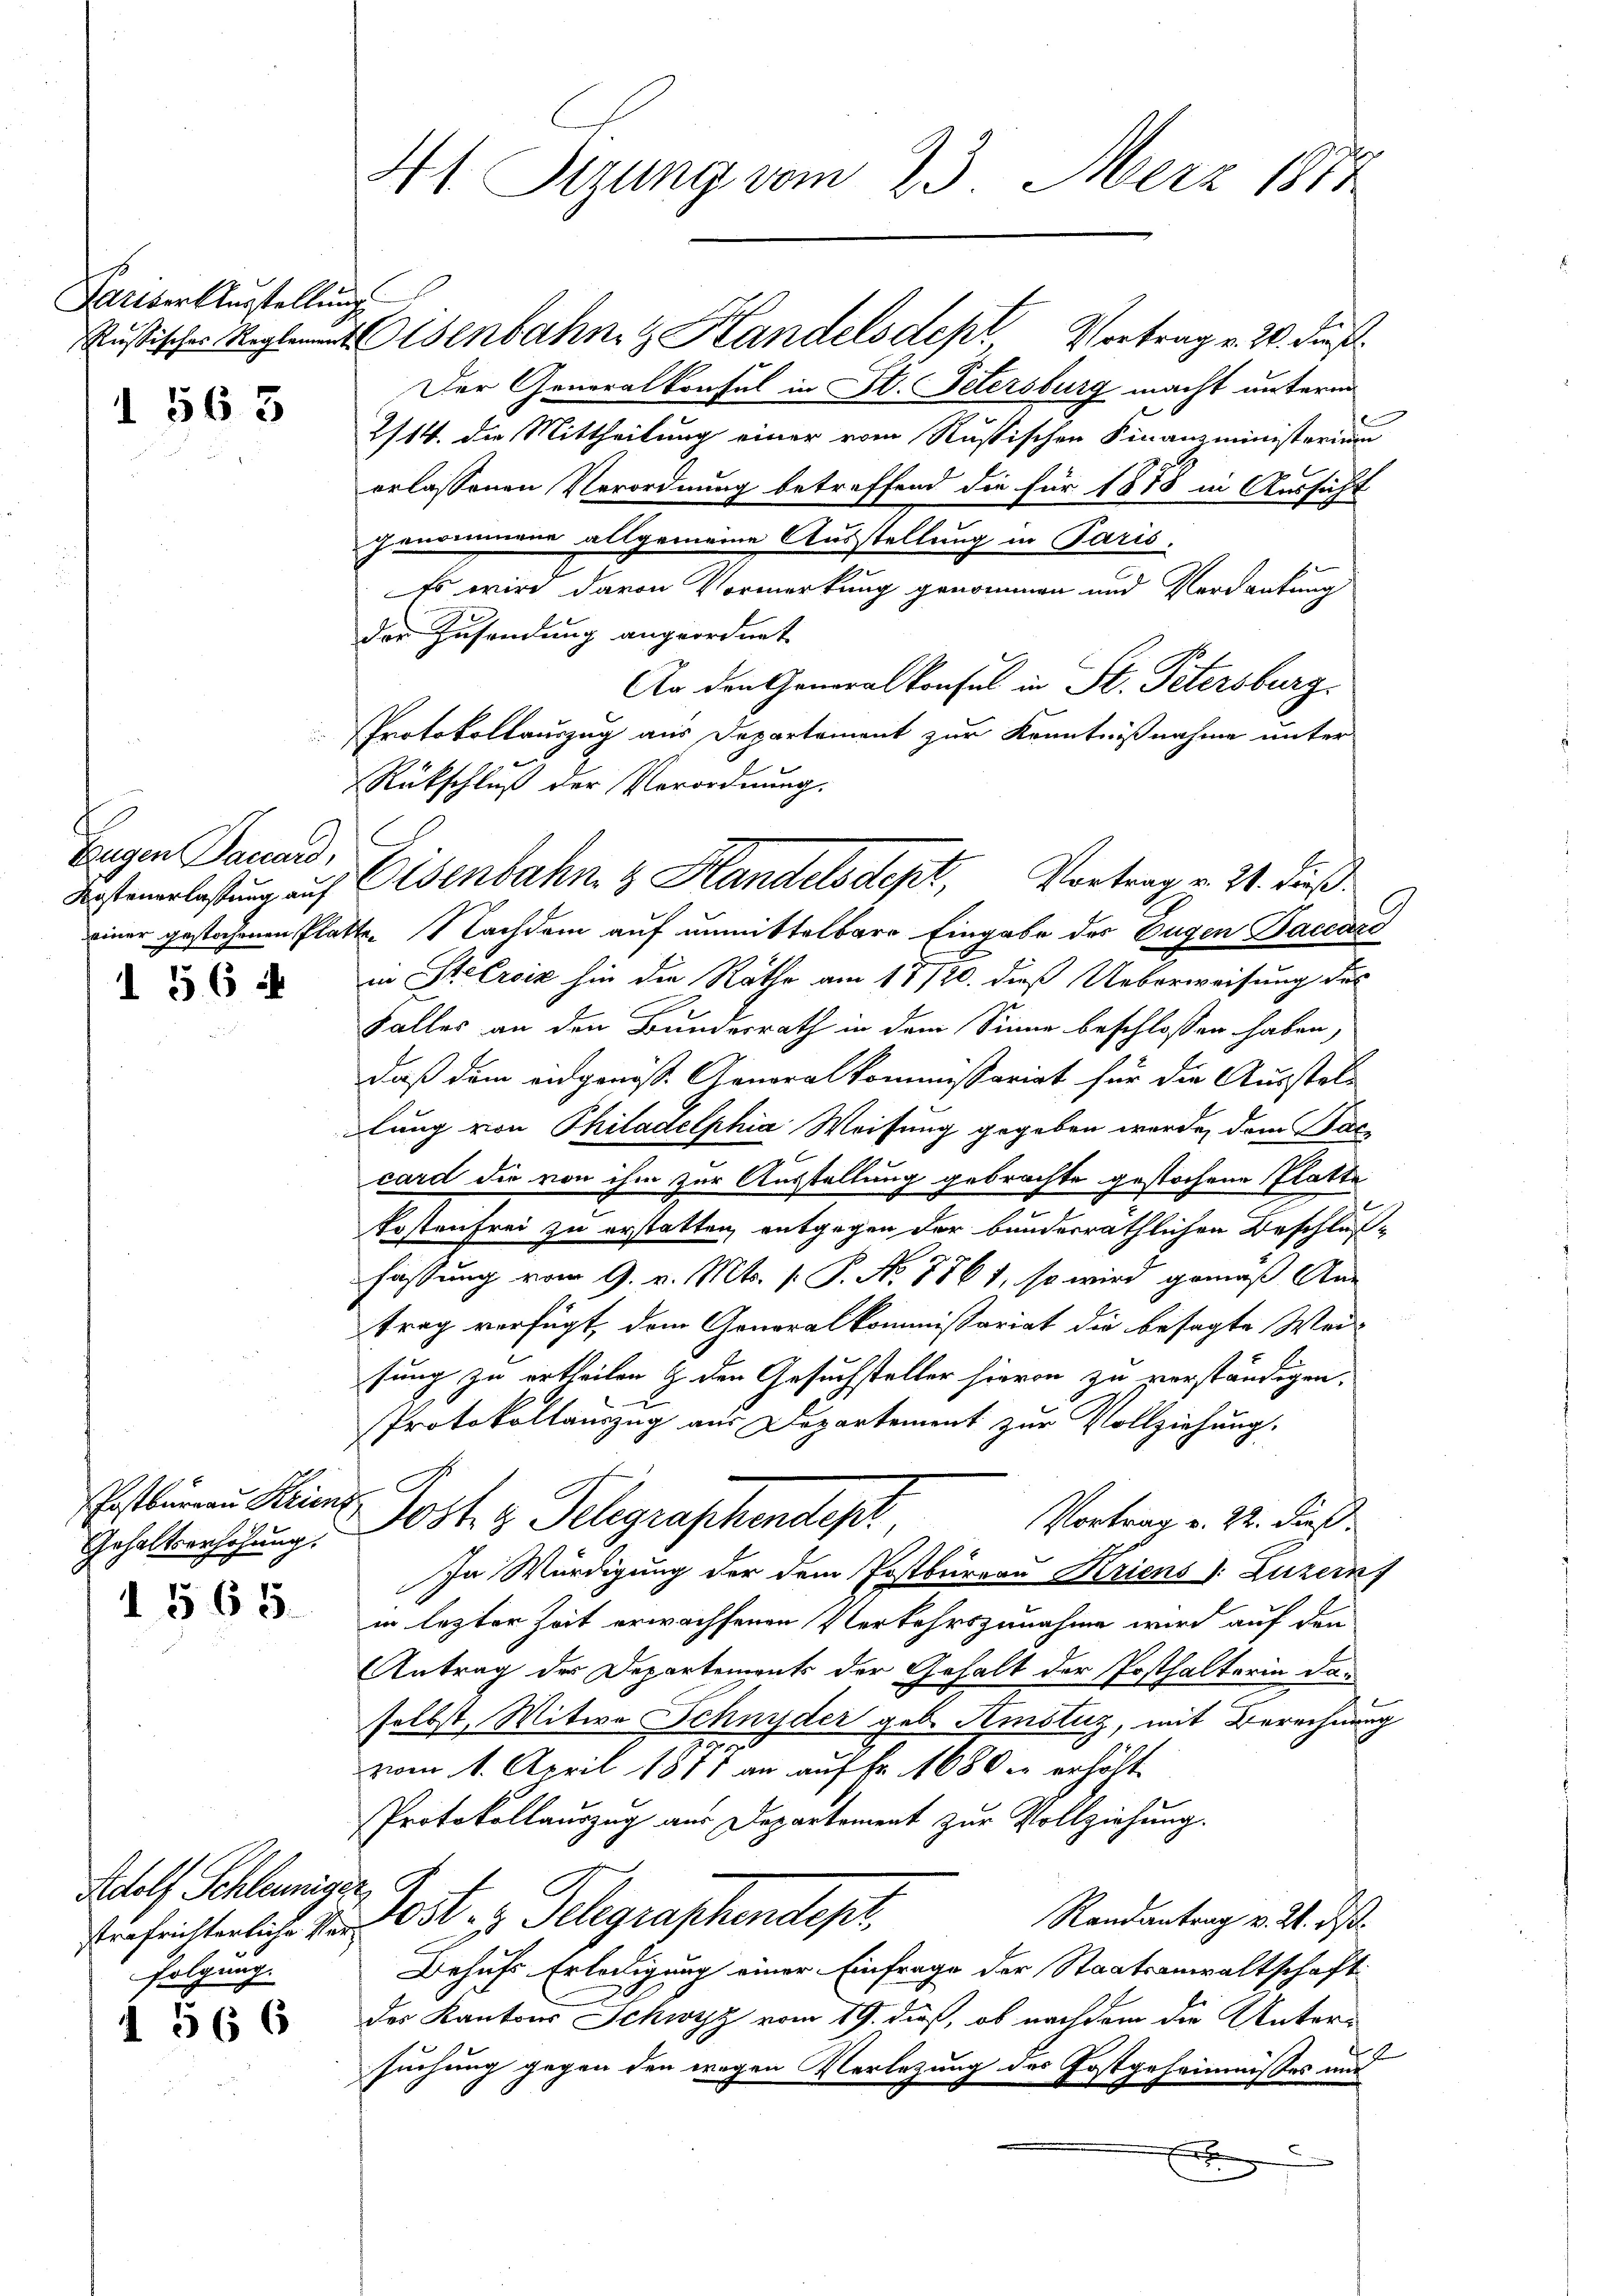
Pariser Ausstellung
1 563

Eugen Bauard,

56 f

PPostbureau Krienz
Gehaltserhöhung.
1563.

Rodolf Schleuniger,
folgung.
 566

d

Russischen Mal senbahn Handelsdepl Vortrag v. 2. dieß
Der Generalkonsul in St. Petersburg macht unterm
2/14. die Mittheilung einer vom Rußischen Finanzministerium
erlassenen Verordnung betreffend die für 1878 in Aussicht
genommene allgemeine Ausstellung in Paris.
Es wird davon Vormerkung genommen und Verdankung
der Zusendung angeordnet
An den Generalkonsul in St. Petersburg.
Protokollauszug aus Departement zur Kenntnißnahme unter
Rückschluß der Verordnung.
Ersteuerlastung auf Eisenbahn & Handelsdept, Vortrag v. 21. dieß
einer gestehenen Platte. Nachdem auf unmittelbare Eingabe der Eugen Baccaro
in SteEroiz hin die Räthe am 18720. dieß Ueberweisung des
Faller an den Bundesrath in dem Sinne beschlossen haben,
daß dem eidgenöss. Generalkommissariat für die Ausstel-
lung von Philadelphia Weisung gegeben wurde, dem Sac
card die von ihm zur Ausstellung gebrachte gestochene Platte
Kostenfrei zu erstatten, entgegen der bunderräthlichen Beschlußfassung vom 9. v. Mts. s. P. No 786 1, so wird gemäß An-
trag verfügt, dem Generalkommissariat die besagte Weisung zu ertheilen & den Gesuchsteller hievon zu verständigen.
x
Protokollauszug aus Departement zur Vollziehung.
Jost z. Telegraschendes.
Vortrag u. 22. dieß.
In Würdigung der dem Postbureau Kriens v. Luzern)
in lezter Zeit erwachsenen Verkehrszunahme wird auf den
Antrag der Departements der Gehalt der Posthalterin das
selbst, Witwe Schnyder geb. Amstuz, mit Berechnung
vom 1. April 1877 an auf Fr. 1680 u erhöht.
Protokollauszug aus Departement zur Vollziehung.
Randantrag v. 24. ds.
verfrichterlich d. Js. z. Telegraphendepr
Behufs Erledigung einer Einfrage der Staatsanwaltschaft
Der Kantons Schwyz vom 19. dieß, ob nachdem die Untersuchung gegen den wegen Verlegung des Postgeheimnisses und
E

41. Sizung vom 23. März 1884